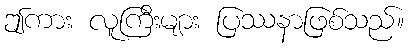
ဤကား လူကြီးများ ပြဿနာဖြစ်သည်။